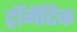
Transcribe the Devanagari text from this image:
ट्रॉमैटिक